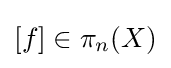
[f]\in \pi _{n}(X)